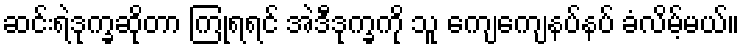
ဆင်းရဲဒုက္ခဆိုတာ ကြုံရရင် အဲဒီဒုက္ခကို သူ ကျေကျေနပ်နပ် ခံလိမ့်မယ်။